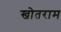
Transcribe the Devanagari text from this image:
खोतराम